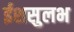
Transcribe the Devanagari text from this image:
ईशसुलभ